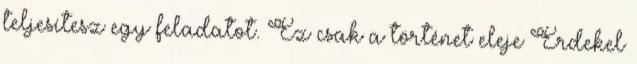
teljesítesz egy feladatot. Ez csak a történet eleje Érdekel